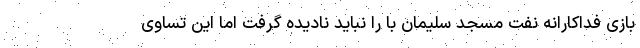
بازی فداکارانه نفت مسجد سلیمان با را نباید نادیده گرفت اما این تساوی